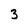
Character: 3